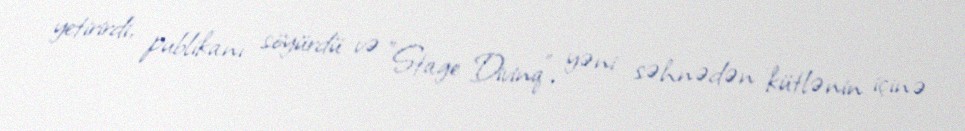
yetirirdi, publikanı söyürdü və "Stage Divinq", yəni səhnədən kütlənin içinə